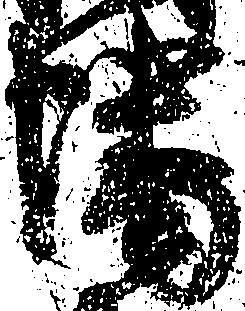
幡